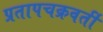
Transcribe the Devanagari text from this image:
प्रतापचक्रवर्ती